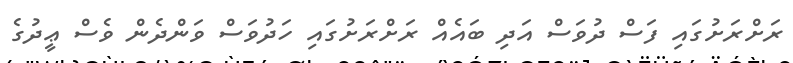
ރަށްރަށުގައި ފަސް ދުވަސް އަދި ބައެއް ރަށްރަށުގައި ހަދުވަސް ވަންދެން ވެސް ޢީދުގެ